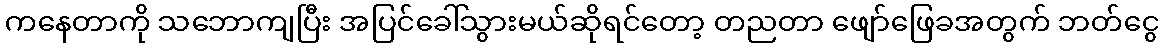
ကနေတာကို သဘောကျပြီး အပြင်ခေါ်သွားမယ်ဆိုရင်တော့ တညတာ ဖျော်ဖြေခအတွက် ဘတ်ငွေ